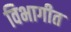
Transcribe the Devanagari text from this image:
विभागीत